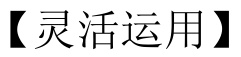
【灵活运用】